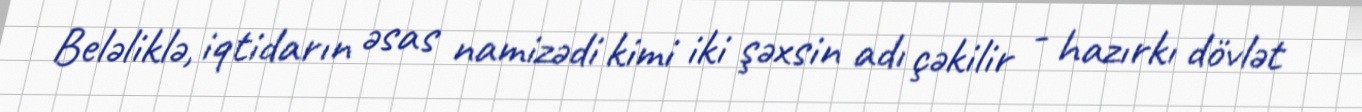
Beləliklə, iqtidarın əsas namizədi kimi iki şəxsin adı çəkilir - hazırkı dövlət